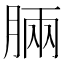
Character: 脼